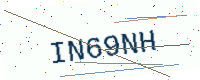
Text: IN69NH